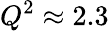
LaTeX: Q^{2}\approx 2.3